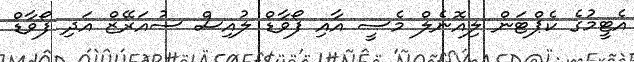
އެޓީމުގެ ކެޕްޓަން ލިއޮނެލް މެސީ އާއި ފޯވާޑް ލުއިސް ސުއަރޭޒް އަދި ފޯވާޑް